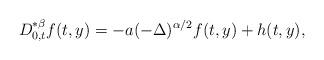
LaTeX: \begin{align*}D_{0,t}^{* \beta}f(t,y)=-a(-\Delta)^{\alpha/2}f(t,y) + h(t,y),\end{align*}